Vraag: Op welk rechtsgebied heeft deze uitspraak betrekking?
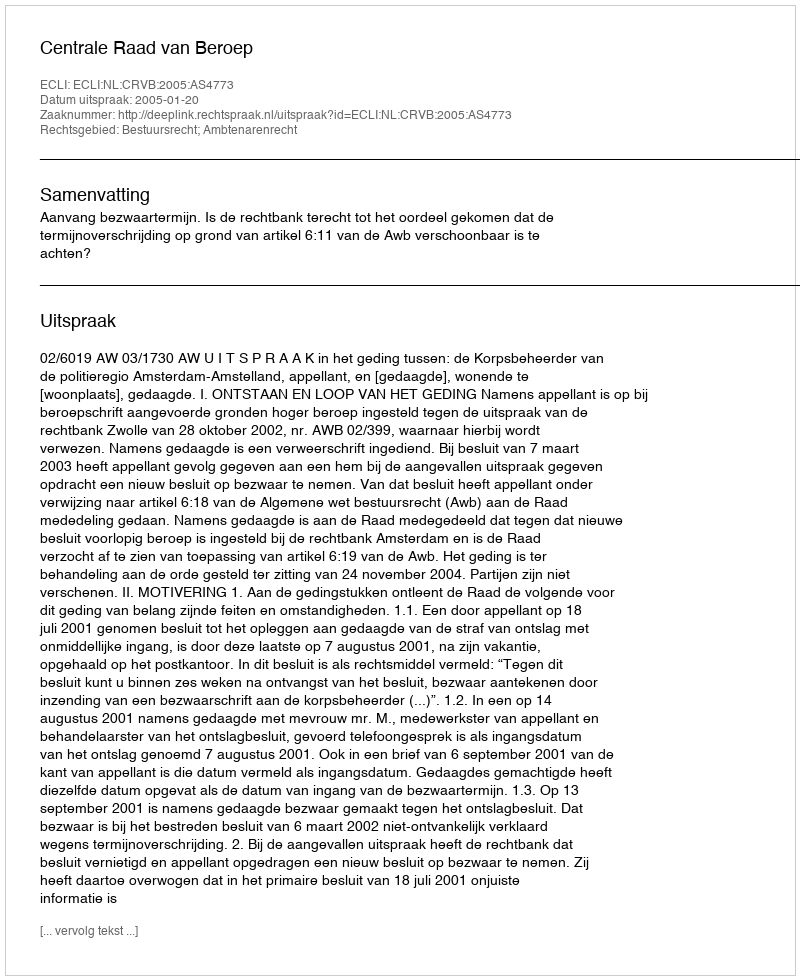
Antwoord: Bestuursrecht; Ambtenarenrecht